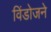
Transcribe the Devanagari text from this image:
विंडोजने